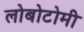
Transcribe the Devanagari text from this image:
लोबोटोमी